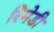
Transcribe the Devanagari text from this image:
रिमेडी